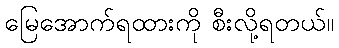
မြေအောက်ရထားကို စီးလို့ရတယ်။